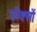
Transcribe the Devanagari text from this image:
ड़ीक्सों